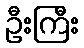
ဦးကြီး